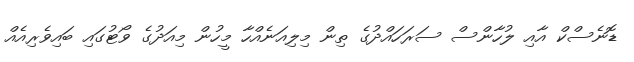
ޑޮނެސްކް އާއި ލުހާންސް ސަރަހައްދުގެ ތިން މިލިއަނެއްހާ މީހުން މިއަދުގެ ވޯޓުގައި ބައިވެރިއެއް